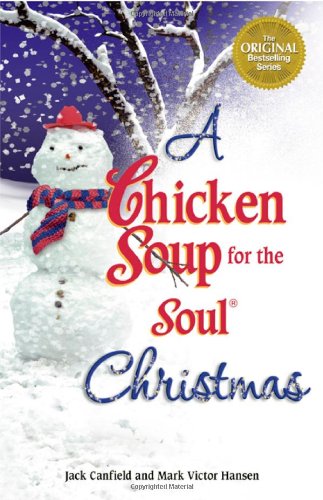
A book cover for A Chicken Soup for the Soul Christmas; Jack Canfield; Politics & Social Sciences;